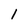
Character: l